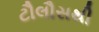
ટૌલૌસથી